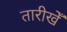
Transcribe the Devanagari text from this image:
तारीखेँ